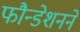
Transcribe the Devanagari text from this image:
फौन्डेशनने